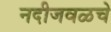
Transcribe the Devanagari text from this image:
नदीजवळचे